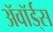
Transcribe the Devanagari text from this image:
ॲवॉर्ड्‌स